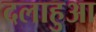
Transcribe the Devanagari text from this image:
दलाहुआ